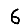
Digit: 6